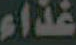
غذاء